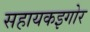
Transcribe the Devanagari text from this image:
सहायकइगोर